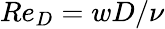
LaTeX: \textit{Re}_{D}=wD/\nu